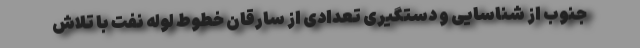
جنوب از شناسایی و دستگیری تعدادی از سارقان خطوط لوله نفت با تلاش